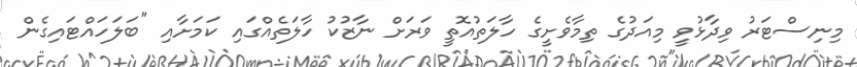
މިނިސްޓަރު ވިދާޅުވީ މިއަދުގެ ތިމާވެށީގެ ހާލަތުއޮތީ ވަރަށް ނާޒުކު ހާލަތެއްގައި ކަމަށާއި "ބަލަހައްޓައިގެން